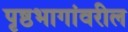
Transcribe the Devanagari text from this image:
पृष्ठभागांवरील